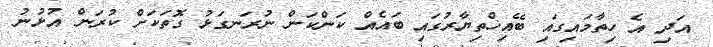
އަދި އެ ހިތާމައިގައި ބޭއިޚްތިޔާރުގައި ބައެއް ކަންކަން ނުރަނގަޅު ގޮތަކަށް ކުރަން އުޅުނު